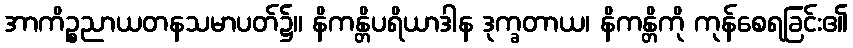
အာကိဉ္စညာယတနသမာပတ်၌။ နိကန္တိပရိယာဒါန ဒုက္ခတာယ၊ နိကန္တိကို ကုန်စေရခြင်း၏